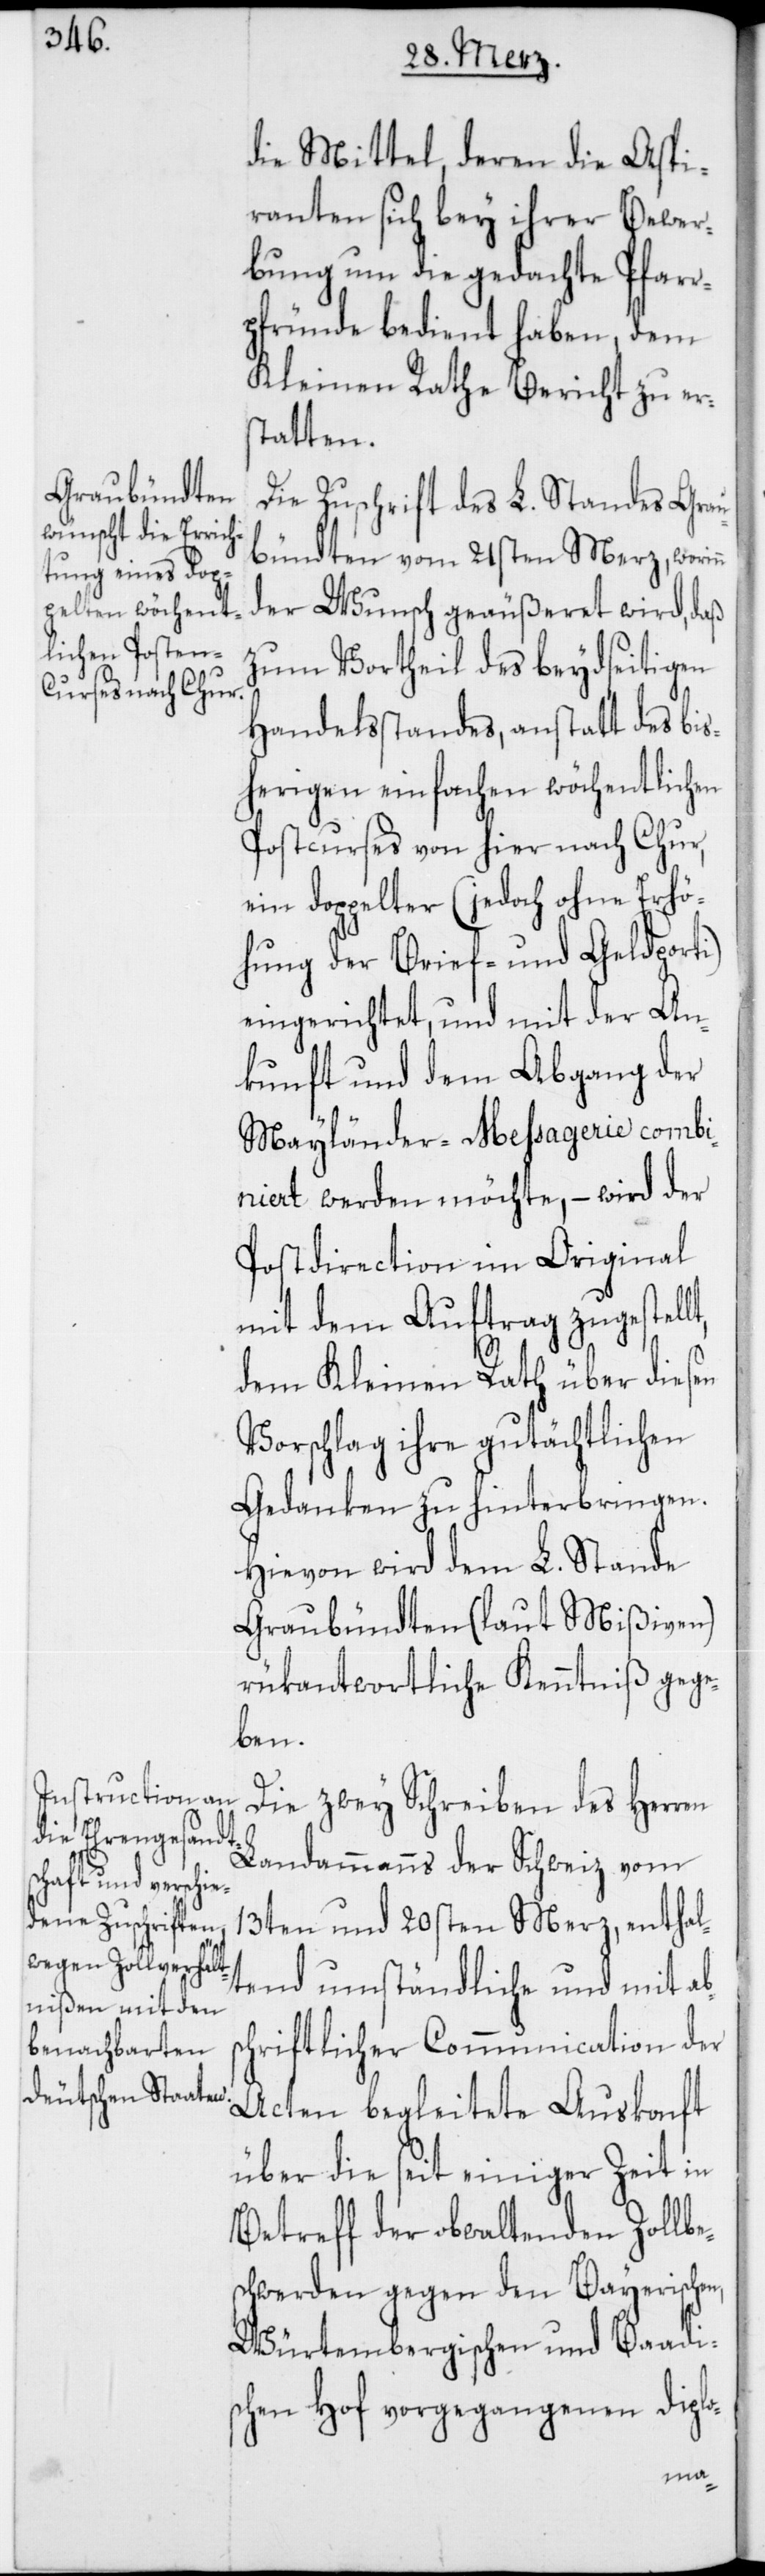
die Mittel, deren die Aspi¬
ranten sich bey ihrer Bewer¬
bung um die gedachte Pfar¬
rfründe bedient haben, dem
Kleinen Rathe Bericht zu ers¬
tatten.
Die Zuschrift des L. Standes Grau¬
bündten vom 21sten Merz, worinn
der Wunsch geäußeret wird, daß
zum Vortheil des beydseitigen
Handelstandes, anstatt des bis¬
herigen einfachen wöchentlichen
Postcurses von hier nach Chur,
ein doppelter (jedoch ohne Erhö¬
hung der Brief- und Geldporti)
eingerichtet, und mit der An¬
kunft und dem Abgang der
Mayländer Meßagerie combi¬
niert werden möchte, – wird der
Postdirection im Original
mit dem Auftrag zugestell¬
dem Kleinen Rath über diesen
Vorschlag ihre gutächtlichen
Gedanken zu hinterbringen.
Hievon wird dem L. Stande
Graubündten (laut Mißiven)
rükantwortliche Kenntniß gege¬
ben.
Die zwey Schreiben des Herren
Landammanns der Schweitz vom
13ten und 20sten Merz, enthal¬
tend umständliche und mit ab¬
hriftlicher Communication der
Acten begleitete Auskonft
über die seit einiger Zeit in
Betreff der obwaltenden Zollb¬
schwerden gegen den Bayerischen,
Würtembergischen und Baadi¬
schen Hof vorgegangenen diplo-
e¬